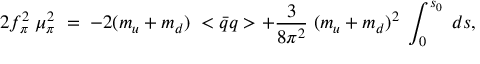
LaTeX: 2 f _ { \pi } ^ { 2 } \; \mu _ { \pi } ^ { 2 } \; = \; - 2 ( m _ { u } + m _ { d } ) \; < \bar { q } q > + \frac { 3 } { 8 \pi ^ { 2 } } \; ( m _ { u } + m _ { d } ) ^ { 2 } \; \int _ { 0 } ^ { s _ { 0 } } \; d s ,